Annual report on the health of the army in India
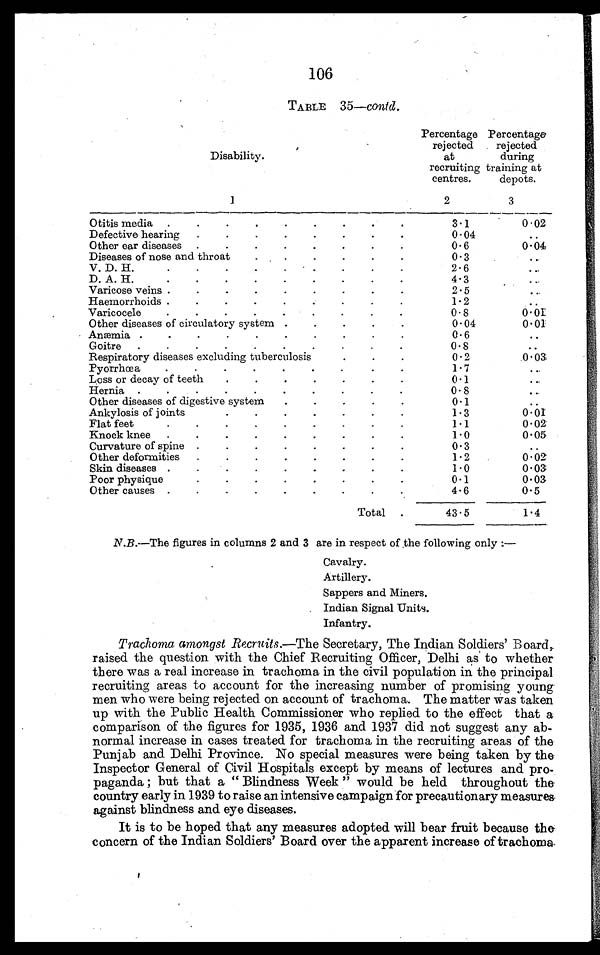
106
TABLE 35-contd.
Disability.
1
Percentage
rejected
at
recruiting
centres.
2
Percentage
rejected
during
training at
depots.
3
Otitis media .
.
.
.
.
.
.
.
.
3.1
0'02
Defective hearing
.
.
.
.
.
.
.
.
0.04
..
Other ear diseases .
.
.
.
.
.
.
.
0.6
0.04
Diseases of nose and throat
.
.
.
.
.
.
0.3
..
V. D. H..
.
.
.
.
.
.
.
.
2 . 6
. .
D. A. H..
.
.
.
.
.
.
.
.
4.3
Varicose veins .
.
.
.
.
.
.
.
.
2.5
. .
Haemorrhoids .
.
.
.
.
.
.
1.2
..
Varicocele
.
.
.
.
.
.
.
.
.
0.8
0.01
Other diseases of circulatory system .
.
.
.
.
0.04
0.01
Anæmia .
.
.
.
.
.
.
.
•
.
0.6
..
Goitre
.
.
.
.
.
.
.
.
.
.
0.8
..
Respiratory diseases excluding tuberculosis
0 . 2
0.03
Pyorrhœa
.
.
.
.
.
.
.
.
.
1.7
...
Loss or decay of teeth
.
.
.
.
.
.
.
0.1
Hernia .
.
.
.
.
.
.
.
.
.
0.8
Other diseases of digestive system
.
.
.
.
.
0.1
..
Ankylosis of joint
.
.
.
.
.
.
.
1 . 3
0.01
Flat feet•
.
•
•
•
.
-
.
.
1.1
0.02
Knock knee
.
.
.
.
.
.
.
.
.
1.0
0.05
Curvature of spine .
.
.
.
.
.
.
.
0.3
..
Other deformities
.
.
.
.
.
.
.
.
1.2
0 . 02
Skin diseases .
.
.
.
.
.
,
,
.
1.0
0.03
Poor physique
.
.
.
.
.
.
.
.
0 . 1
0.03
Other causes .
.
.
.
.
.
.
.
.
4.6
0.5
Total .
43.5
1.4
N.B.--The figures in columns 2 and 3 are in respect of the following only :-
Cavalry.
Artillery.
Sappers and Miners.
Indian Signal Units.
Infantry.
Trachoma amongst Recruits.-The Secretary, The Indian Soldiers Board,
raised the question with the Chief Recruiting Officer, Delhi as to whether
there was a real increase in trachoma in the civil population in the principal
recruiting areas to account for the increasing number of promising young
men who were being rejected on account of trachoma. The matter was taken
up with the Public Health Commissioner who replied to the effect that a
comparison of the figures for 1935, 1936 and 1937 did not suggest any ab-
normal increase in cases treated for trachoma in the recruiting areas of the
Punjab and Delhi Province. No special measures were being taken by the
Inspector General of Civil Hospitals except by means of lectures and pro-
paganda ; but that a " Blindness Week " would be held throughout the
country early in 1939 to raise an intensive campaign for precautionary measures.
against blindness and eye diseases.
It is to be hoped that any measures adopted will bear fruit because the
concern of the Indian Soldiers' Board over the apparent increase of trachoma.